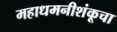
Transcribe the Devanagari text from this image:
महाधमनीशंकूचा